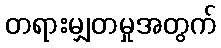
တရားမျှတမှုအတွက်